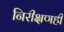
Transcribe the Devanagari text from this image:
निरीक्षणही